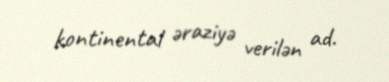
kontinental əraziyə verilən ad.